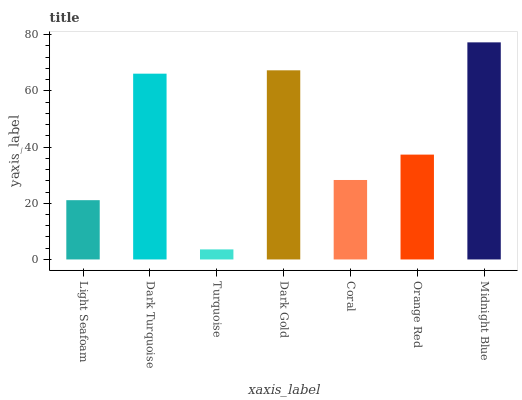
| xaxis_label | bars |
 | --- | --- |
 | Light Seafoam | 21.1 |
 | Dark Turquoise | 66.1 |
 | Turquoise | 3.58 |
 | Dark Gold | 67.3 |
 | Coral | 28.3 |
 | Orange Red | 37.3 |
 | Midnight Blue | 77.2 |